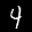
Label: 4